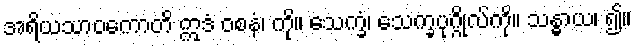
အရိယသာဝကောတိ ဣဒံ ဝစနံ၊ ကို။ သေက္ခံ၊ သေက္ခပုဂ္ဂိုလ်ကို။ သန္ဓာယ၊ ၍။